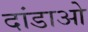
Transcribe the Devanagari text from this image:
दांडाओ